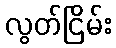
လွတ်ငြိမ်း